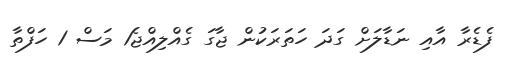
ފެޑެރާ އާއި ނަޑާލަށް ގަދަ ހަތަރަކުން ޖާގަ ގެއްލިއްޖެ1 މަސް 1 ހަފްތާ